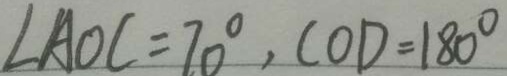
\angle A O C = 7 0 ^ { \circ } , C O D = 1 8 0 ^ { \circ }